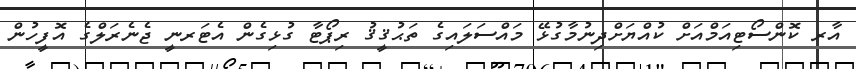
އާރ ކޮންސޯޓިއަމްއަށް ކުއްޔަށްދިނުމާގުޅޭ މައްސަލައިގެ ތަޙުޤީޤު ރިޕޯޓާ ގުޅިގެން އެޓަރނީ ޖެނެރަލްގެ އޮފީހުން